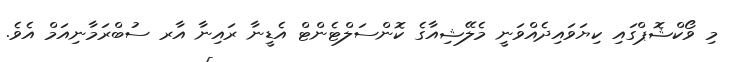
މި ވޯކްޝޮޕްގައި ކިޔަވައިދެއްވަނީ މެލޭޝިއާގެ ކޮންސަލްޓެންޓް އެޑީނާ ރައިނާ އާރ ސުބްރަމާނިއަމް އެވެ.